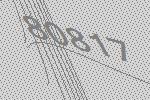
80817